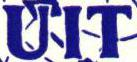
UIT